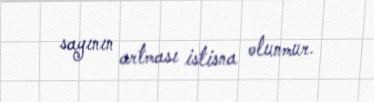
sayının artması istisna olunmur.